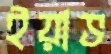
ইয়াভ